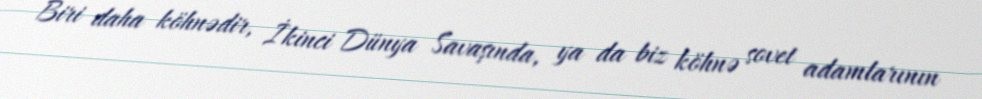
Biri daha köhnədir, İkinci Dünya Savaşında, ya da biz köhnə sovet adamlarının